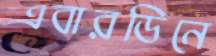
এবারডিনে